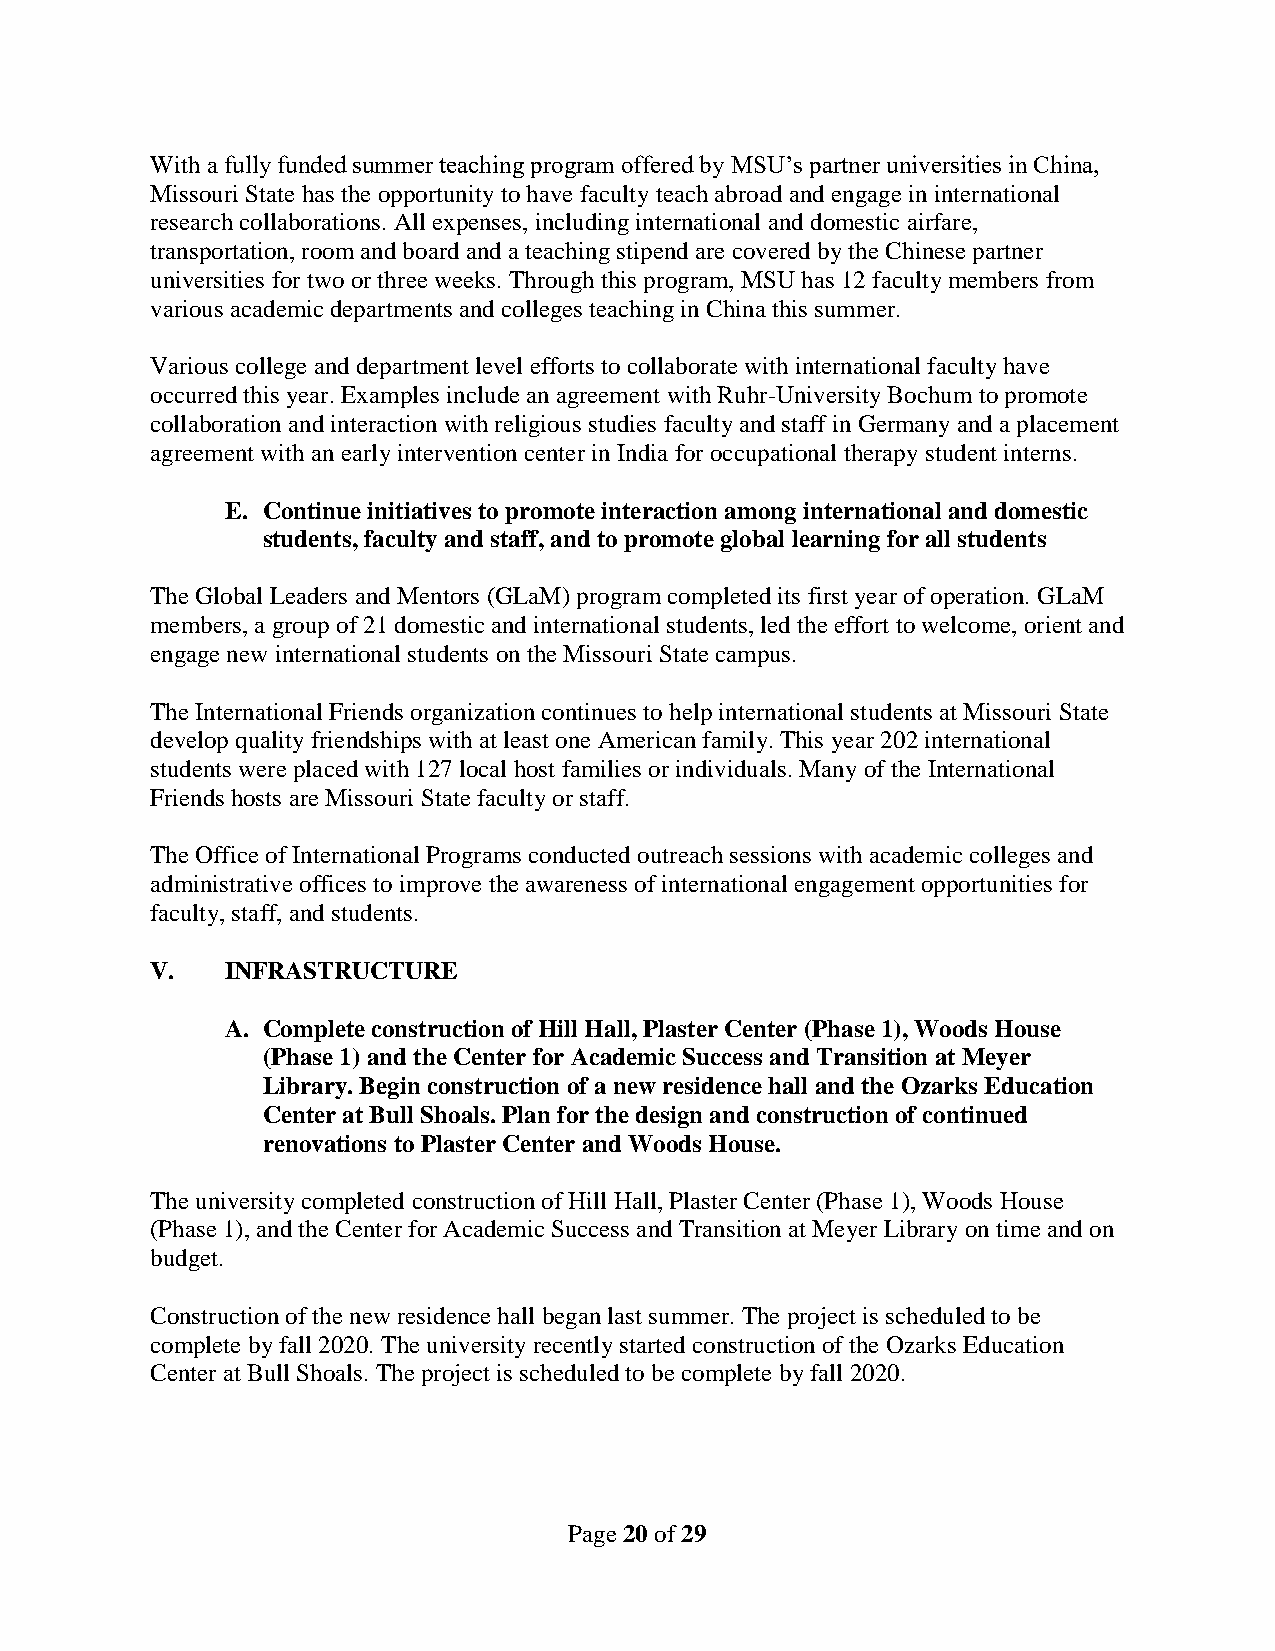
With a fully funded summer teaching program offered by MSU’s partner universities in China,
 Missouri State has the opportunity to have faculty teach abroad and engage in international
 research collaborations. All expenses, including international and domestic airfare,
 transportation, room and board and a teaching stipend are covered by the Chinese partner
 universities for two or three weeks. Through this program, MSU has 12 faculty members from
 various academic departments and colleges teaching in China this summer.
 Various college and department level efforts to collaborate with international faculty have
 occurred this year. Examples include an agreement with Ruhr-University Bochum to promote
 collaboration and interaction with religious studies faculty and staff in Germany and a placement
 agreement with an early intervention center in India for occupational therapy student interns.
 E. Continue initiatives to promote interaction among international and domestic
 students, faculty and staff, and to promote global learning for all students
 The Global Leaders and Mentors (GLaM) program completed its first year of operation. GLaM
 members, a group of 21 domestic and international students, led the effort to welcome, orient and
 engage new international students on the Missouri State campus.
 The International Friends organization continues to help international students at Missouri State
 develop quality friendships with at least one American family. This year 202 international
 students were placed with 127 local host families or individuals. Many of the International
 Friends hosts are Missouri State faculty or staff.
 The Office of International Programs conducted outreach sessions with academic colleges and
 administrative offices to improve the awareness of international engagement opportunities for
 faculty, staff, and students.
 V.   INFRASTRUCTURE
 A. Complete construction of Hill Hall, Plaster Center (Phase 1), Woods House
 (Phase 1) and the Center for Academic Success and Transition at Meyer
 Library. Begin construction of a new residence hall and the Ozarks Education
 Center at Bull Shoals. Plan for the design and construction of continued
 renovations to Plaster Center and Woods House.
 The university completed construction of Hill Hall, Plaster Center (Phase 1), Woods House
 (Phase 1), and the Center for Academic Success and Transition at Meyer Library on time and on
 budget.
 Construction of the new residence hall began last summer. The project is scheduled to be
 complete by fall 2020. The university recently started construction of the Ozarks Education
 Center at Bull Shoals. The project is scheduled to be complete by fall 2020.
 Page 20 of 29